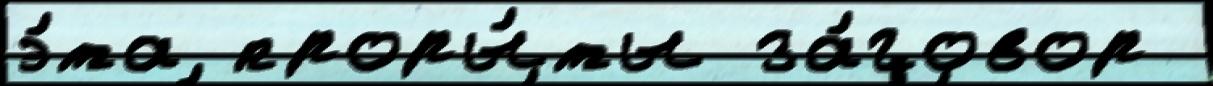
э́та проры́ты за́говор